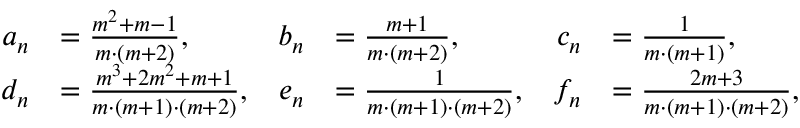
\begin{array} { r l r l r l } { a _ { n } } & { = \frac { m ^ { 2 } + m - 1 } { m \cdot ( m + 2 ) } , } & { b _ { n } } & { = \frac { m + 1 } { m \cdot ( m + 2 ) } , } & { c _ { n } } & { = \frac { 1 } { m \cdot ( m + 1 ) } , } \\ { d _ { n } } & { = \frac { m ^ { 3 } + 2 m ^ { 2 } + m + 1 } { m \cdot ( m + 1 ) \cdot ( m + 2 ) } , } & { e _ { n } } & { = \frac { 1 } { m \cdot ( m + 1 ) \cdot ( m + 2 ) } , } & { f _ { n } } & { = \frac { 2 m + 3 } { m \cdot ( m + 1 ) \cdot ( m + 2 ) } , } \end{array}